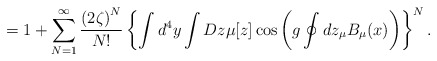
\begin{align*}=1+\sum\limits_{N=1}^{\infty}\frac{\left(2\zeta\right)^N}{N!}\left\{\int d^4y\int Dz\mu[z]\cos\left(g\oint dz_\mu B_\mu(x)\right)\right\}^N.\end{align*}